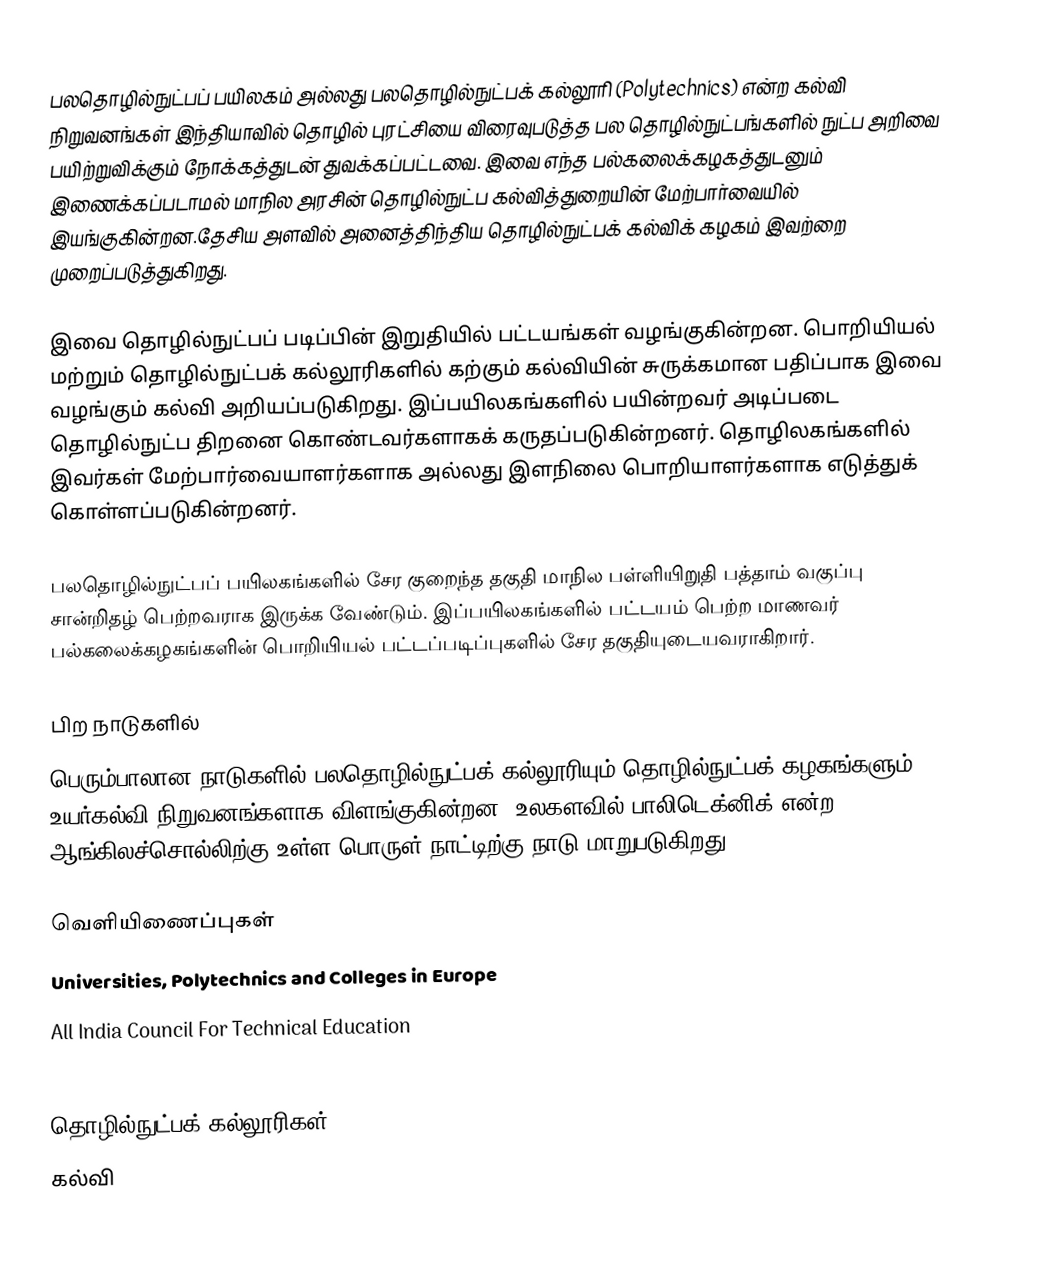
பலதொழில்நுட்பப் பயிலகம் அல்லது பலதொழில்நுட்பக் கல்லூரி (Polytechnics) என்ற கல்வி நிறுவனங்கள் இந்தியாவில் தொழில் புரட்சியை விரைவுபடுத்த பல தொழில்நுட்பங்களில் நுட்ப அறிவை பயிற்றுவிக்கும் நோக்கத்துடன் துவக்கப்பட்டவை. இவை எந்த பல்கலைக்கழகத்துடனும் இணைக்கப்படாமல் மாநில அரசின் தொழில்நுட்ப கல்வித்துறையின் மேற்பார்வையில் இயங்குகின்றன.தேசிய அளவில் அனைத்திந்திய தொழில்நுட்பக் கல்விக் கழகம் இவற்றை முறைப்படுத்துகிறது.

இவை தொழில்நுட்பப் படிப்பின் இறுதியில் பட்டயங்கள் வழங்குகின்றன. பொறியியல் மற்றும் தொழில்நுட்பக் கல்லூரிகளில் கற்கும் கல்வியின் சுருக்கமான பதிப்பாக இவை வழங்கும் கல்வி அறியப்படுகிறது. இப்பயிலகங்களில் பயின்றவர் அடிப்படை தொழில்நுட்ப திறனை கொண்டவர்களாகக் கருதப்படுகின்றனர். தொழிலகங்களில் இவர்கள் மேற்பார்வையாளர்களாக அல்லது இளநிலை பொறியாளர்களாக எடுத்துக் கொள்ளப்படுகின்றனர்.

பலதொழில்நுட்பப் பயிலகங்களில் சேர குறைந்த தகுதி மாநில பள்ளியிறுதி பத்தாம் வகுப்பு சான்றிதழ் பெற்றவராக இருக்க வேண்டும். இப்பயிலகங்களில் பட்டயம் பெற்ற மாணவர் பல்கலைக்கழகங்களின் பொறியியல் பட்டப்படிப்புகளில் சேர தகுதியுடையவராகிறார்.

பிற நாடுகளில்
பெரும்பாலான நாடுகளில் பலதொழில்நுட்பக் கல்லூரியும் தொழில்நுட்பக் கழகங்களும் உயர்கல்வி நிறுவனங்களாக விளங்குகின்றன. உலகளவில் பாலிடெக்னிக் என்ற ஆங்கிலச்சொல்லிற்கு உள்ள பொருள் நாட்டிற்கு நாடு மாறுபடுகிறது.

வெளியிணைப்புகள்
 Universities, Polytechnics and Colleges in Europe
 All India Council For Technical Education
 Higher Education Commission Pakistan

தொழில்நுட்பக் கல்லூரிகள்
கல்வி